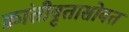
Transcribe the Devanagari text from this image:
क्रांतीवृतासोबत